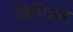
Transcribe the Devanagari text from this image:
विभिन्नच